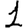
Digit: 1